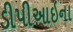
ડીપીઆઇના